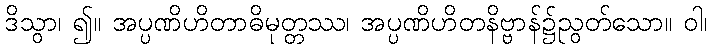
ဒိသွာ၊ ၍။ အပ္ပဏိဟိတာဓိမုတ္တဿ၊ အပ္ပဏိဟိတနိဗ္ဗာန်၌ညွတ်သော။ ဝါ၊